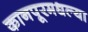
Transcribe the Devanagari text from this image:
कानपूरमधल्या